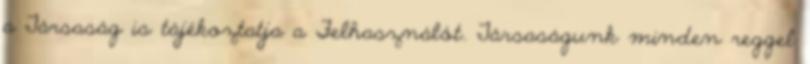
a Társaság is tájékoztatja a Felhasználót. Társaságunk minden reggel